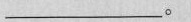
___。